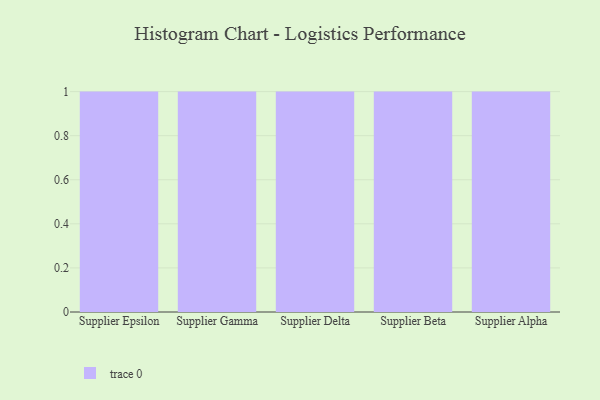
{"axis": {"x": "Supplier", "y": "Population (Million)"}, "legend": [""], "data": [{"x": "Supplier Epsilon", "y": 36, "type": ""}, {"x": "Supplier Gamma", "y": 93, "type": ""}, {"x": "Supplier Delta", "y": 34, "type": ""}, {"x": "Supplier Beta", "y": 1, "type": ""}, {"x": "Supplier Alpha", "y": 42, "type": ""}]}